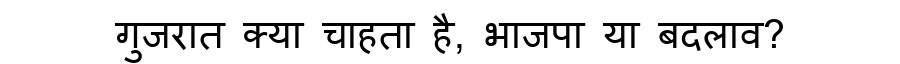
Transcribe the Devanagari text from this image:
गुजरात क्या चाहता है, भाजपा या बदलाव?